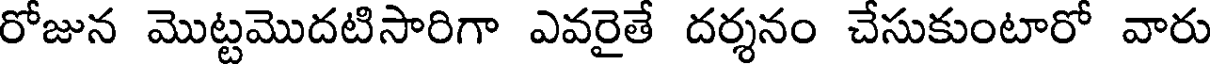
రోజున మొట్టమొదటిసారిగా ఎవరైతే దర్శనం చేసుకుంటారో వారు